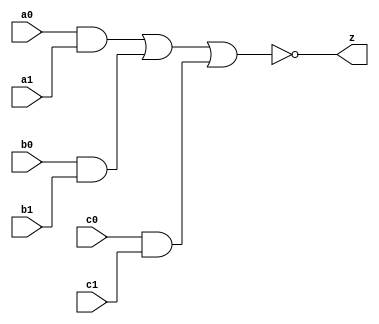
//#############################################################################
//# Function: And-Or-Inverter (aoi222) Gate                                   #
//# Copyright: Lambda Project Authors. All rights Reserved.                   #
//# License:  MIT (see LICENSE file in Lambda repository)                     #
//#############################################################################

module la_aoi222 #(
    parameter PROP = "DEFAULT"
) (
    input  a0,
    input  a1,
    input  b0,
    input  b1,
    input  c0,
    input  c1,
    output z
);

    assign z = ~((a0 & a1) | (b0 & b1) | (c0 & c1));

endmodule